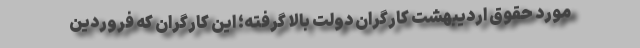
مورد حقوق اردیبهشتِ کارگران دولت بالا گرفته؛ این کارگران که فروردین